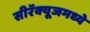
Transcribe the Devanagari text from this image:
सीरॅक्यूजमध्ये